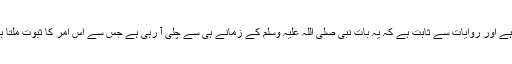
مصحف کی ترتیب میں اس سورہ پر بسم اللہ نہیں لکھی ہوئی ہے اور روایات سے ثابت ہے کہ یہ بات نبی صلی اللہ علیہ وسلم کے زمانے ہی سے چلی آ رہی ہے جس سے اس امر کا ثبوت ملتا ہے کہ اس پر بسم اللہ کا نہ لکھا جانا ایمائے الٰہی سے ہوا ہے۔